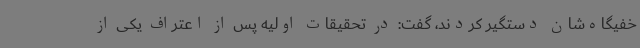
خفیگاه‌شان دستگیر کردند، گفت: در تحقیقات اولیه پس از اعتراف یکی از